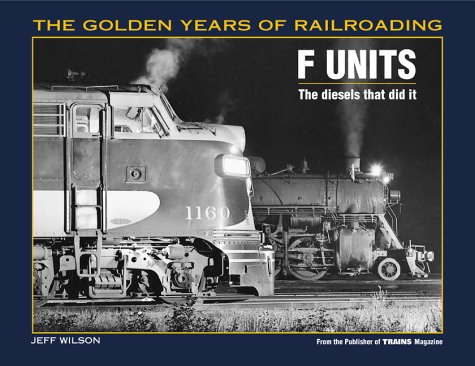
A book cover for F Units: The Diesels That Did It (Golden Years of Railroading); Jeff Wilson; Arts & Photography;